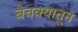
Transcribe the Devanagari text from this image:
बेचक्‍यातून